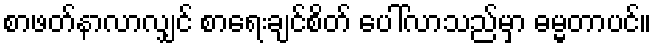
စာဖတ်နာလာလျှင် စာရေးချင်စိတ် ပေါ်လာသည်မှာ ဓမ္မတာပင်။